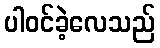
ပါဝင်ခဲ့လေသည်